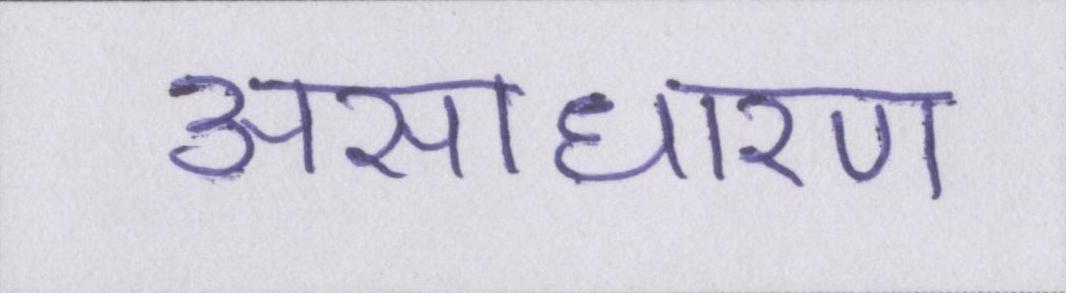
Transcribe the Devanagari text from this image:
असाधारण